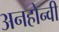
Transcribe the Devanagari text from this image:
अनहोन्‍वी